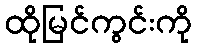
ထိုမြင်ကွင်းကို